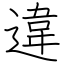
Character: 違